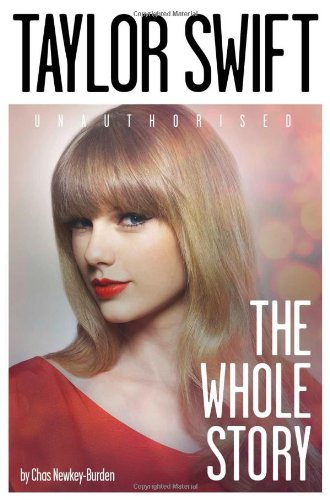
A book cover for Taylor Swift: The Whole Story; Chas Newkey-Burden; Biographies & Memoirs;